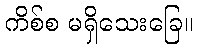
ကိစ်စ မရှိသေးခြေ။